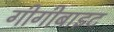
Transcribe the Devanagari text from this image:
गीगीबाइट